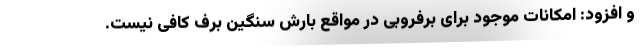
و افزود: امکانات موجود برای برفروبی در مواقع بارش سنگین برف کافی نیست.